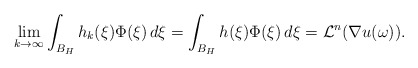
\begin{align*}\lim_{k \to \infty} \int _{B_H} h_k(\xi) \Phi(\xi)\, d\xi = \int _{B_H} h(\xi) \Phi(\xi)\, d\xi = \mathcal L^n(\nabla u(\omega)).\end{align*}